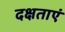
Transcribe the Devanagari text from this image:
दक्षताएं